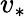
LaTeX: v_{\ast}